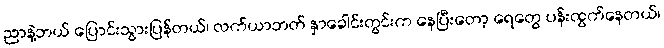
ညာနဲ့ဘယ် ပြောင်းသွားပြန်တယ်၊ လက်ယာဘတ် နှာခေါင်းတွင်းက နေပြီးတော့ ရေတွေ ပန်းထွက်နေတယ်၊